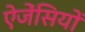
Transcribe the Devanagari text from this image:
ऐजेंसियों